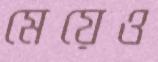
মেয়েও